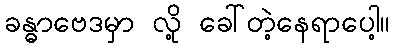
ခန္ဓာဗေဒမှာ လို့ ခေါ်တဲ့နေရာပေါ့။